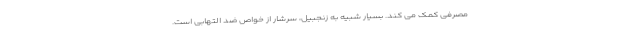
مصرفی کمک می کند. بسیار شبیه به زنجبیل، سرشار از خواص ضد التهابی است.